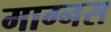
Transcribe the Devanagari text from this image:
माग्नस